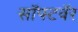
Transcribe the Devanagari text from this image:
सॉफ्टवॅर